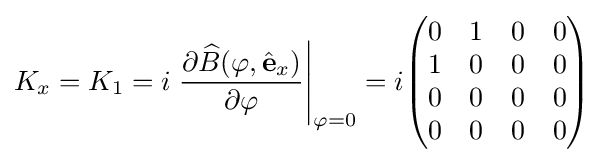
K_{x}=K_{1}=i\left.{\frac {\partial {\widehat {B}}(\varphi ,{\hat {\mathbf {e} }}_{x})}{\partial \varphi }}\right|_{\varphi =0}=i{\begin{pmatrix}0&1&0&0\\1&0&0&0\\0&0&0&0\\0&0&0&0\\\end{pmatrix}}